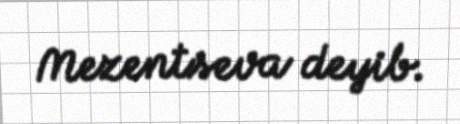
Mezentseva deyib.